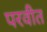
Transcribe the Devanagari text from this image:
परवीत